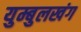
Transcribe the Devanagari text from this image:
युम्बुलखंग